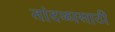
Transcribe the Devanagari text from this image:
तांदळासाठी